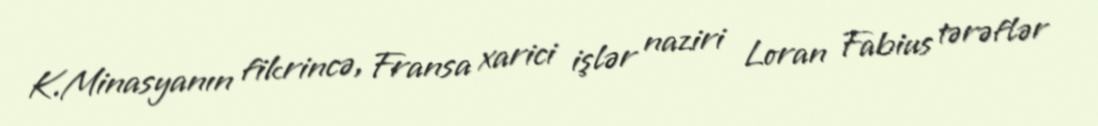
K.Minasyanın fikrincə, Fransa xarici işlər naziri Loran Fabius tərəflər